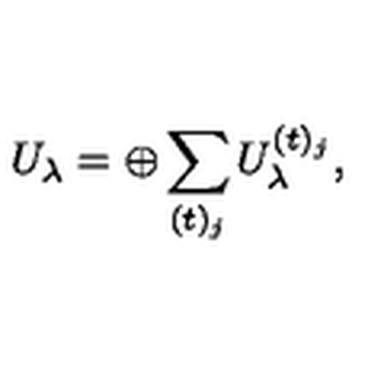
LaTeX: U _ { \lambda } = \oplus \sum _ { ( t ) _ { j } } U _ { \lambda } ^ { ( t ) _ { j } } ,